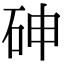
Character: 砷